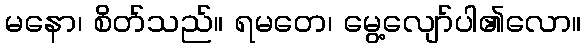
မနော၊ စိတ်သည်။ ရမတေ၊ မွေ့လျော်ပါ၏လော။